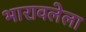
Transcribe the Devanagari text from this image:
भारावलेला